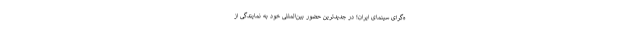
ه‌گرای سینمای ایران؛ در جدیدترین حضور بین‌المللی خود به نمایندگی از